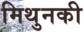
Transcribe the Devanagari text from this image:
मिथुनकी